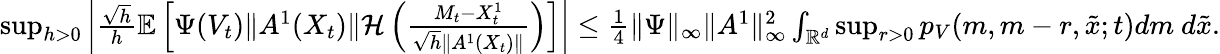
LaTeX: \begin{array}{r}{\operatorname*{sup}_{h>0}\left|\frac{\sqrt{h}}{h}{\mathbb E}\left[\Psi(V_{t})\| A^{1}(X_{t})\| {\mathcal H}\left(\frac{M_{t}-{X_{t}^{1}}}{\sqrt{h}\| A^{1}(X_{t})\| }\right)\right]\right|\leq\frac{1}{4}\| \Psi\| _{\infty}\| A^{1}\| _{\infty}^{2}\int_{{\mathbb R}^{d}}\operatorname*{sup}_{r>0}p_{V}(m,m-r,\tilde{x};t)dm~d\tilde{x}.}\end{array}